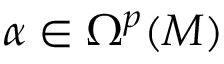
\alpha \in \Omega ^ { p } ( M )